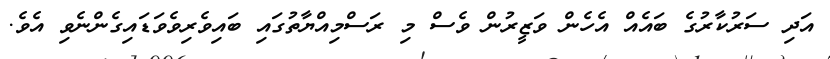
އަަދި ސަރުކާރުގެ ބައެއް އެހެން ވަޒީރުން ވެސް މި ރަސްމިއްޔާތުގައި ބައިވެރިވެވަޑައިގެންނެވި އެވެ.